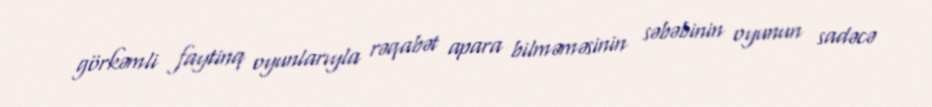
görkəmli faytinq oyunlarıyla rəqabət apara bilməməsinin səbəbinin oyunun sadəcə